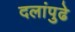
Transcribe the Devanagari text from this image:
दलांपुढे